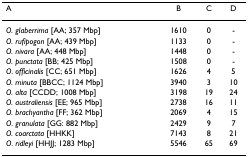
<table><thead><tr><td><b>A</b></td><td><b>B</b></td><td><b>C</b></td><td><b>D</b></td></tr></thead><tbody><tr><td><i>O. glaberrima </i>[AA; 357 Mbp]</td><td>1610</td><td>0</td><td>-</td></tr><tr><td><i>O. rufipogon </i>[AA; 439 Mbp]</td><td>1133</td><td>0</td><td>-</td></tr><tr><td><i>O. nivara </i>[AA; 448 Mbp]</td><td>1448</td><td>0</td><td>-</td></tr><tr><td><i>O. punctata </i>[BB; 425 Mbp]</td><td>1508</td><td>0</td><td>-</td></tr><tr><td><i>O. officinalis </i>[CC; 651 Mbp]</td><td>1626</td><td>4</td><td>5</td></tr><tr><td><i>O. minuta </i>[BBCC; 1124 Mbp]</td><td>3940</td><td>3</td><td>10</td></tr><tr><td><i>O. alta </i>[CCDD; 1008 Mbp]</td><td>3198</td><td>19</td><td>24</td></tr><tr><td><i>O. australiensis </i>[EE; 965 Mbp]</td><td>2738</td><td>16</td><td>11</td></tr><tr><td><i>O. brachyantha </i>[FF; 362 Mbp]</td><td>2069</td><td>4</td><td>15</td></tr><tr><td><i>O. granulata </i>[GG: 882 Mbp]</td><td>2429</td><td>9</td><td>7</td></tr><tr><td><i>O. coarctata </i>[HHKK]</td><td>7143</td><td>8</td><td>21</td></tr><tr><td><i>O. ridleyi </i>[HHJJ; 1283 Mbp]</td><td>5546</td><td>65</td><td>69</td></tr></tbody></table>